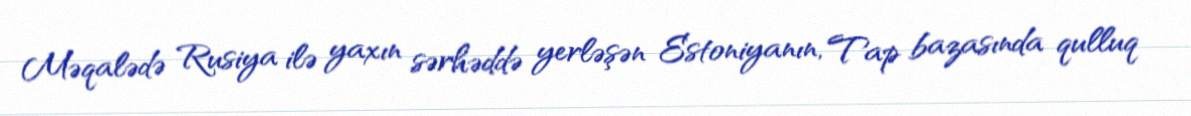
Məqalədə Rusiya ilə yaxın sərhəddə yerləşən Estoniyanın, Tap bazasında qulluq